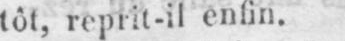
têt, reprit-il enfin.